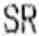
SR